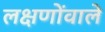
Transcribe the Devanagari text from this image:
लक्षणोंवाले